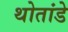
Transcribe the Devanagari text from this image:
थोतांडे